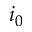
i _ { 0 }